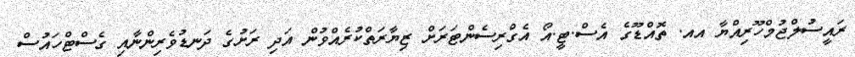
ރައީސުލްޖުމްހޫރިއްޔާ އއ. ތޮއްޑޫގެ އެސް.ޓީ.އޯ އެގްރިސެންޓަރަށް ޒިޔާރަތްކުރެއްވުން އަދި ރަށުގެ ދަނޑުވެރިންނާއި ގެސްޓްހައުސް